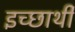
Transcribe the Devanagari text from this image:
इच्छार्थी